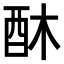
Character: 𮠛